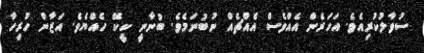
ސުވާލުކުރިއެވެ. އަހަރެން އެއްވެސް އެއްޗެއް ނުބުނަމެވެ. ބުނާނީ ކީކޭ ހެއްޔެވެ. އަޒާން ހުރިހާ